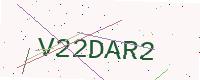
Text: V22DAR2